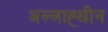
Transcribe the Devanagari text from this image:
अल्लाह्धीन